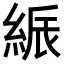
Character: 𦁟